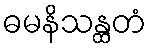
ဓမနိသန္ထတံ